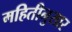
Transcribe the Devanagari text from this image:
महितीनुसार